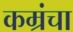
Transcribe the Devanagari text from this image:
कम्रंचा